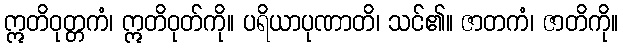
ဣတိဝုတ္တကံ၊ ဣတိဝုတ်ကို။ ပရိယာပုဏာတိ၊ သင်၏။ ဇာတကံ၊ ဇာတိကို။